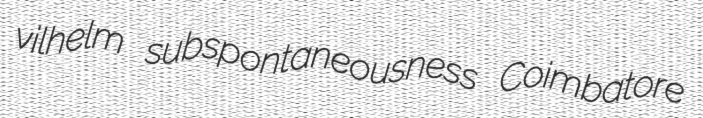
vilhelm subspontaneousness Coimbatore